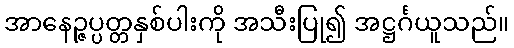
အာနေဉ္ဇပ္ပတ္တနှစ်ပါးကို အသီးပြု၍ အဋ္ဌင်္ဂယူသည်။